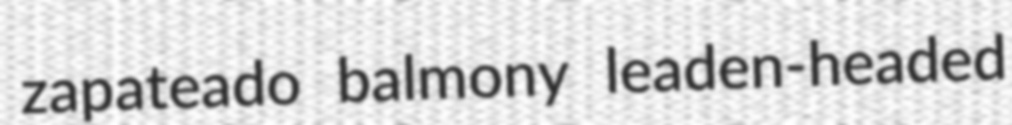
zapateado balmony leaden-headed